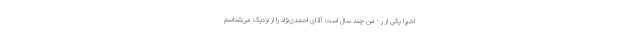
اخیرا یکی از ر - من چند سال است آقای احمدی‌نژاد را از نزدیک می‌شناسم